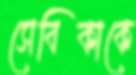
সেবিকাকে